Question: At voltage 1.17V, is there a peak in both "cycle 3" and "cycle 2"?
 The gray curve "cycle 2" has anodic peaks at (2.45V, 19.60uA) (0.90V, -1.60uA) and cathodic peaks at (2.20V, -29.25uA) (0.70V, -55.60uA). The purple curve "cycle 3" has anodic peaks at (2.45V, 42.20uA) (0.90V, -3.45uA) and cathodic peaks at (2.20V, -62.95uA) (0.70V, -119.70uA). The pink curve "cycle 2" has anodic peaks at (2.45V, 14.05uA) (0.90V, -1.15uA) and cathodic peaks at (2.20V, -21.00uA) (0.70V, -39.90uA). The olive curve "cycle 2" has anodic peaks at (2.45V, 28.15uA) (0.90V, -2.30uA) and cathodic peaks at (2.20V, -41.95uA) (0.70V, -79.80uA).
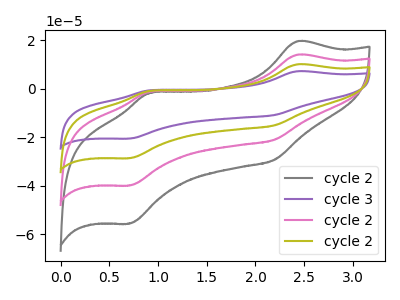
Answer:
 <answer>No, "cycle 3" and "cycle 2" dont share a peak at 1.17V.</answer>
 <eval>mismatch</eval>